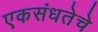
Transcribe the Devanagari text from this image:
एकसंधतेचे